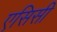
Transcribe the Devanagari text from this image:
एसिसी